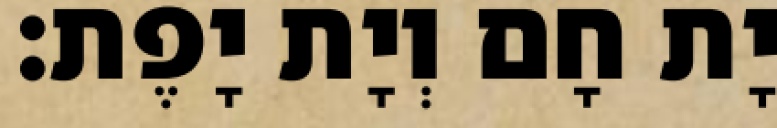
יָת חָם וְיָת יָפֶת׃